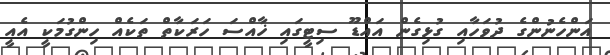
އަންހެނުންގެ ދުވަހާއި ގުޅިގެން އައްޑޫ ސިޓީގައި ޚާއްސަ ހަރަކާތް ތަކެއް ހިންގުމަކީ އެއީ